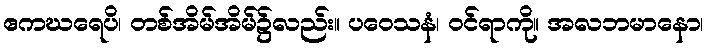
ဧကဃရေပိ၊ တစ်အိမ်အိမ်၌လည်း။ ပဝေသနံ၊ ဝင်ရာကို။ အလဘမာနော၊